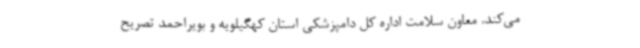
می‌کند. معاون سلامت اداره کل دامپزشکی استان کهگیلویه و بویراحمد تصریح